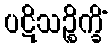
ပဋိသဉ္စိက္ခိံ